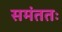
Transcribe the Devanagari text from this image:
समंततः